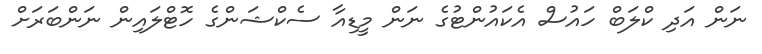
ނަން އަދި ކްލަބް ހައުސް އެކައުންޓުގެ ނަން މީޑިއާ ސެކްޝަންގެ ހޮޓްލައިން ނަންބަރަށް